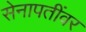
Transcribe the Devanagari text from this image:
सेनापतींवर